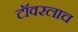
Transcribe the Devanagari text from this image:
टॉवरलाच